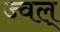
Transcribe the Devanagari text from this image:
ज्वल्